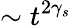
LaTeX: \sim t^{2\gamma_{s}}